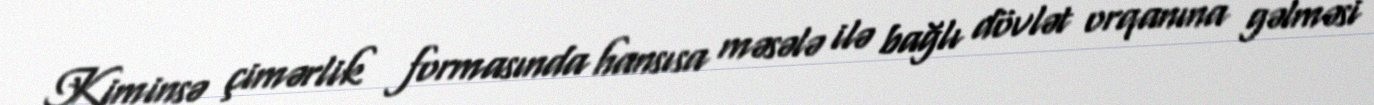
Kiminsə çimərlik formasında hansısa məsələ ilə bağlı dövlət orqanına gəlməsi